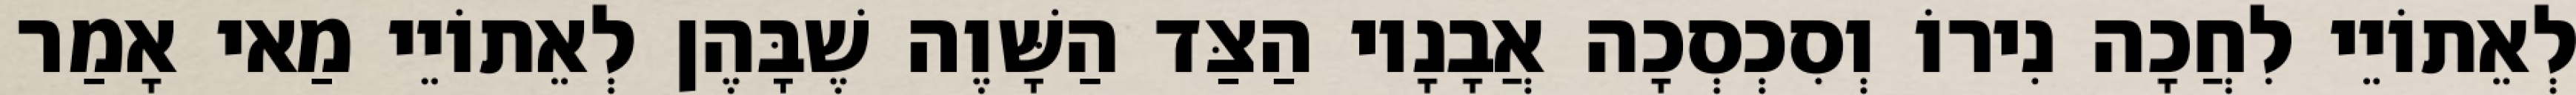
לְאֵתוֹיֵי לִחֲכָה נִירוֹ וְסִכְסְכָה אֲבָנָיו הַצַּד הַשָּׁוֶה שֶׁבָּהֶן לְאֵתוֹיֵי מַאי אָמַר